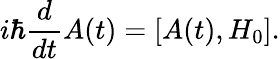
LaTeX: i\hbar{\frac{d}{dt}}A(t)=[A(t),H_{0}].